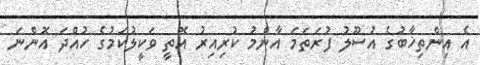
އެ އިންތިޚާބުގެ އުސޫލު ފުރަތަމަ އާންމު ކުރިއިރު އޮތީ ވަކީލުކަމުގެ ހުއްދަ އޮންނަ